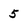
Character: 5